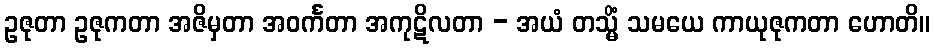
ဥဇုတာ ဥဇုကတာ အဇိမှတာ အဝင်္ကတာ အကုဋိလတာ - အယံ တသ္မိံ သမယေ ကာယုဇုကတာ ဟောတိ။